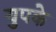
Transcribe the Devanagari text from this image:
युपके